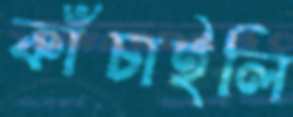
কাঁচাইলি